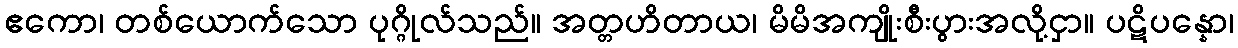
ဧကော၊ တစ်ယောက်သော ပုဂ္ဂိုလ်သည်။ အတ္တဟိတာယ၊ မိမိအကျိုးစီးပွားအလို့ငှာ။ ပဋိပန္နော၊